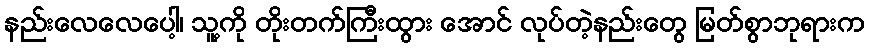
နည်းလေလေပေါ့၊ သူ့ကို တိုးတက်ကြီးထွား အောင် လုပ်တဲ့နည်းတွေ မြတ်စွာဘုရားက